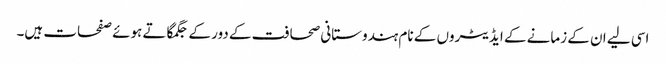
اسی لیے ان کے زمانے کے ایڈیٹروں کے نام ہندوستانی صحافت کے دور کے جگمگاتے ہوئے صفحات ہیں۔